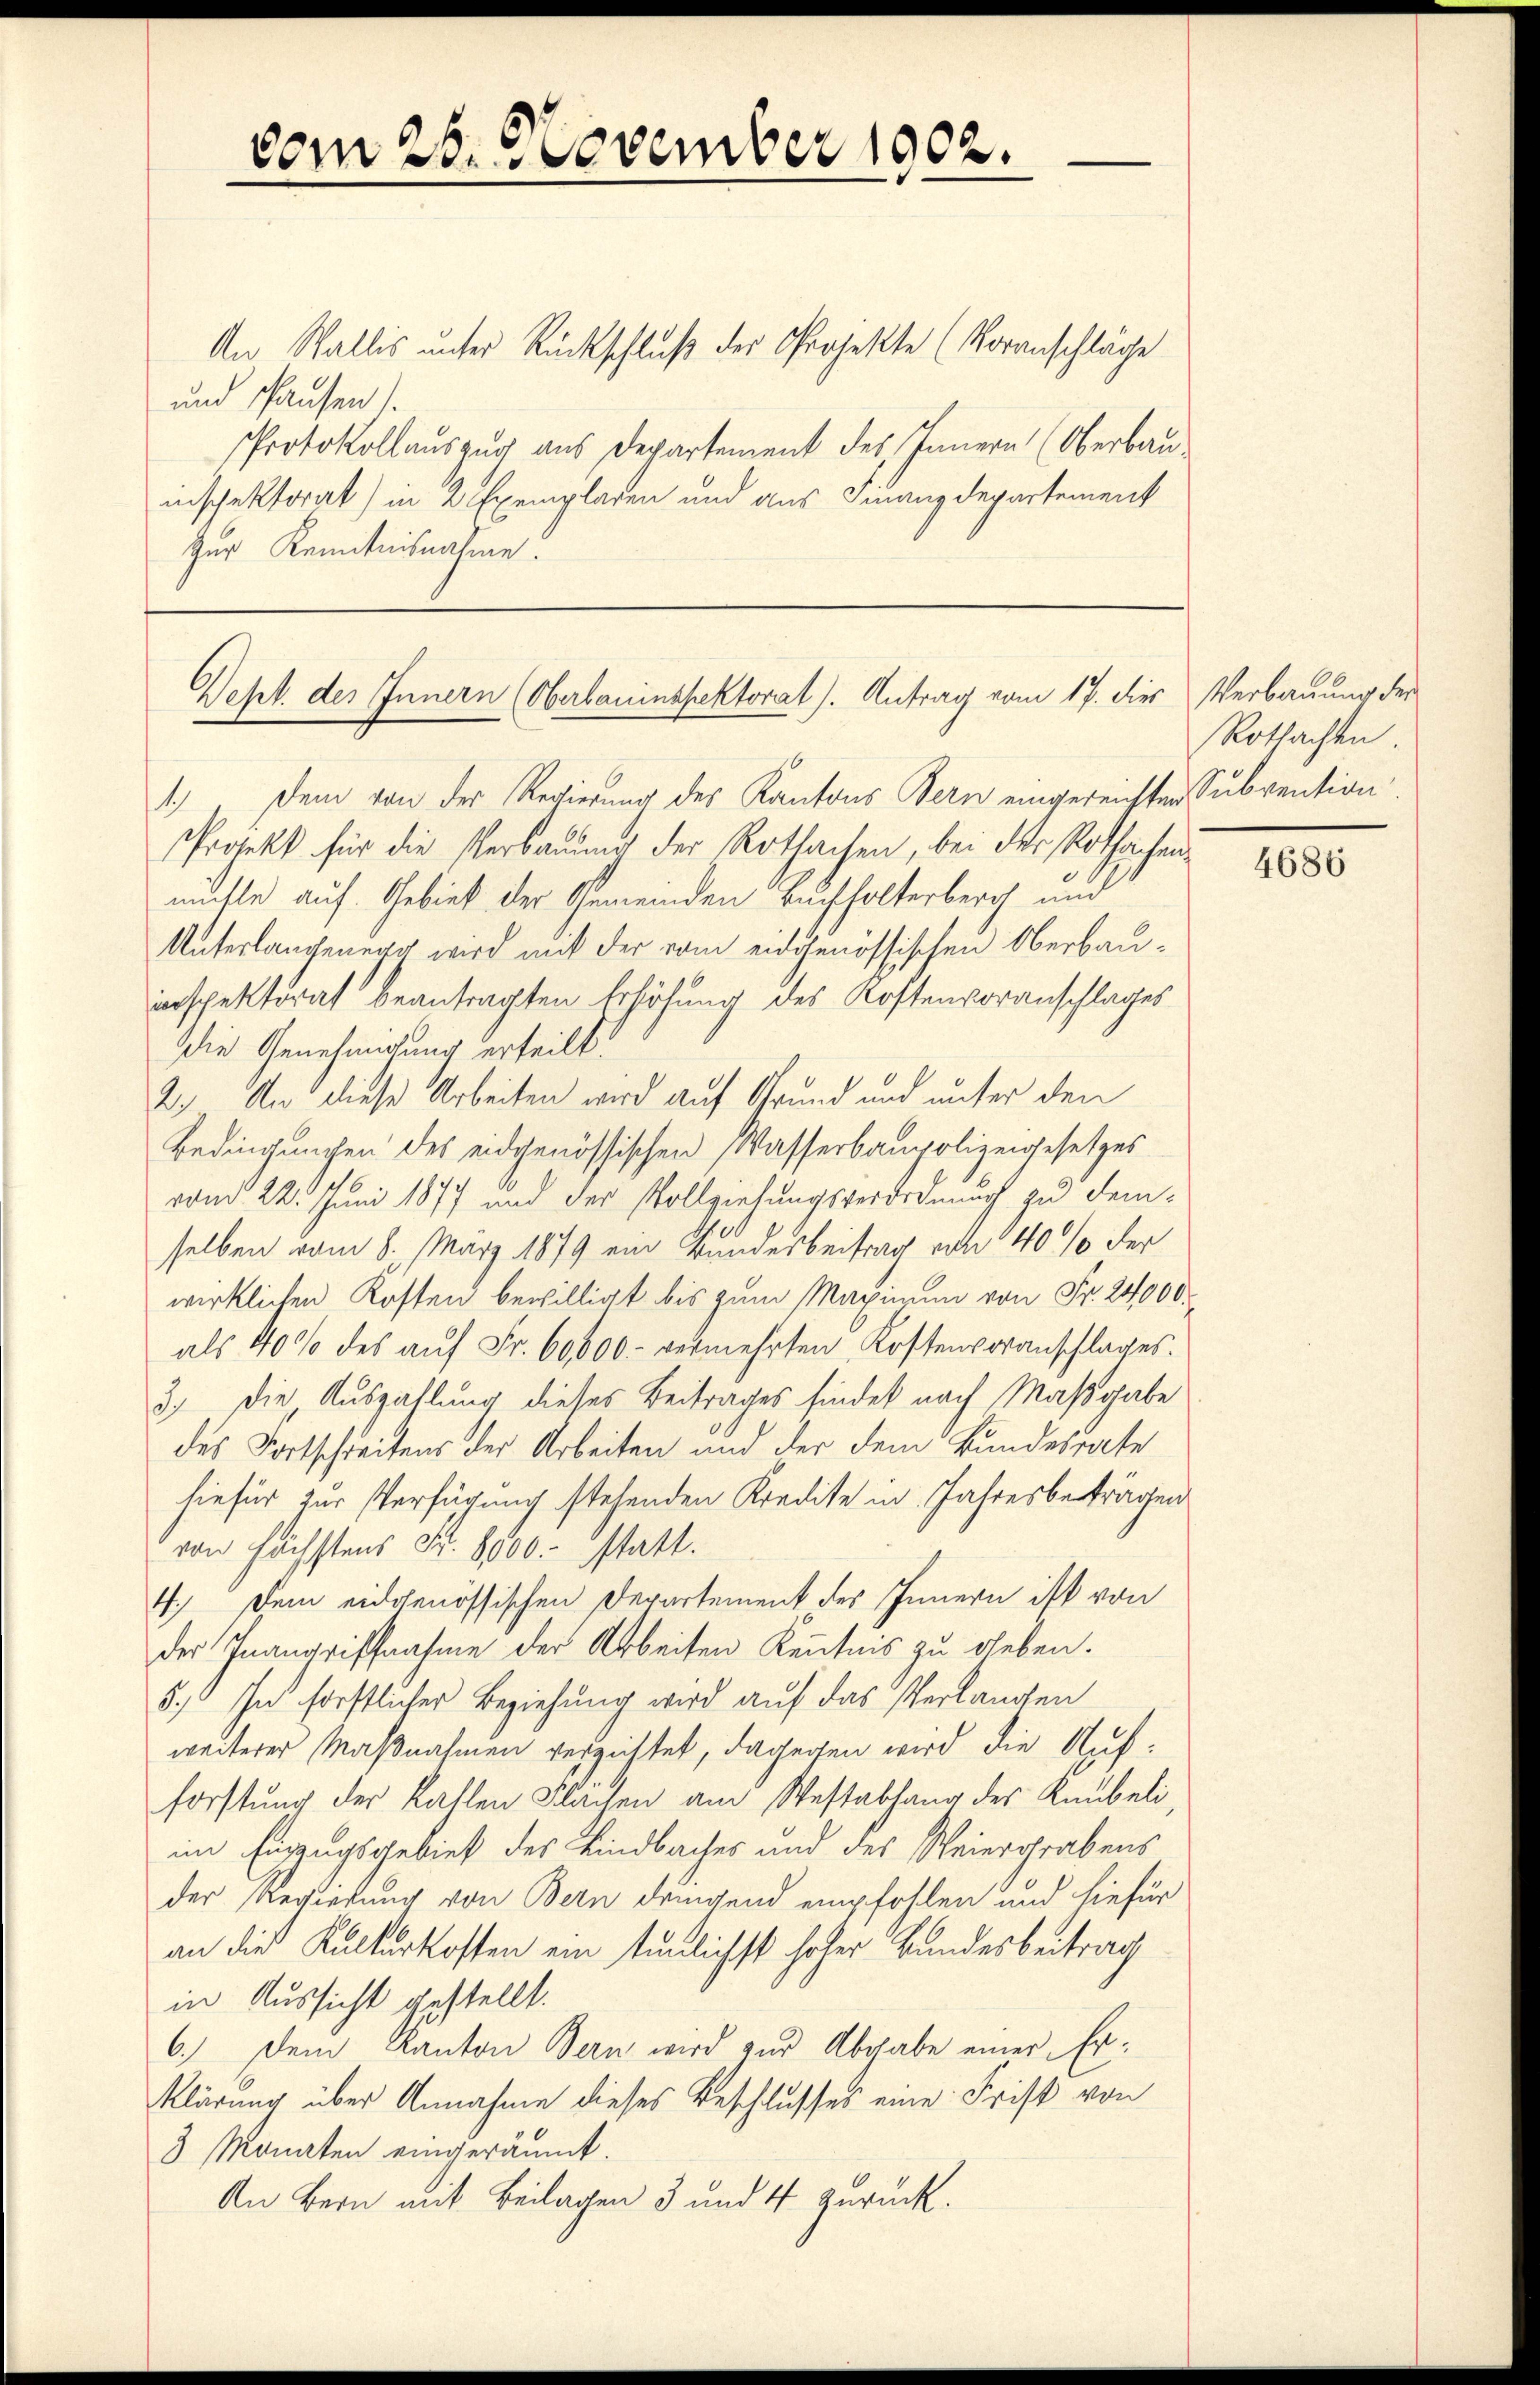
vom 26. November 1902.

An Wallis unter Rückschluß des Projekte (Voranschläge
und schausen).
Protokollauszug aus Departement des Innern (Oberbau
inschektorat) in 2 Exemplaren und aus Finanzdepartement
Zur Kenntnisnahme.

Dept. des Innern (Oberbauinspektorat. Antrag vom 17. dies Verbauung der

1.) Dem von der Regierung des Kantons Bern eingereichten Subvention.
Protekt für die Verbauung der Rothachen, bei der Rothachenmöchte auf Gebiet der Gemeinden Buchholterberg und
Unterlangenerg wird mit der vom eidgenössischen Oberbauinspektorat beantragten Erhöhung des Kostenvoranschlages
Die Genehmigung erteilt.
2.) An diese Arbeiten wird auf Grund und unter den
Bedingungen des eidgenössischen Wasserbaupolizeigesetzes
vom 22. Juni 1877 und der Vollziehungsverordnung zu demselben vom 8. März 1879 ein Bundesbeitrag von 40% der
wirklichen Kosten bewilligt bis zum Maximum von Fr. 24000.
als 40% des aŭf Fr. 60000- vermehrten Kostenvoranschlages.
3.) Die Auszahlung dieses Beitrages findet nach Maßgabe
des Fortschreitens der Arbeiten und der dem Bundesrate
hiefür zur Verfügung stehenden Kredite in Jahresbeträgen
von höchstens Fr. 8000 statt.
4.) Dem eidgenössischen Departement des Innern ist von
der Inangriffnahme der Arbeiten Kenntnis zu leben.
5.) In forstlicher Beziehung wird auf das Verlangen
weiterer Maßnahmen vergiftet, dagegen wird die Aufforstung der kahlen Flächen am Westabhang des Kaubeli,
im Einzugsgebiet des Kindbaches und des Weiergrabens
der Regierung von Bern dringend empfohlen und hiefür
an die Kulturkosten ein tunlichst hoher Bundesbeitrag
in Aussicht gestellt.
6.) Dem Kanton Bern wird zur Abgabe einer Erklärung über Annahme dieses Beschlusses eine Frist von
3 Monaten eingeräumt.
An Bern mit Beilagen 3 und 4 zurück.

Rothachen

4686